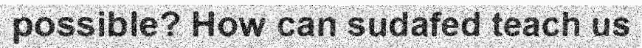
possible? How can sudafed teach us